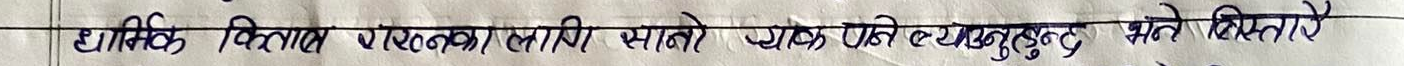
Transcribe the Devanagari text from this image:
धार्मिक किताब राख्नका लागि सातौं पाँसे र याकुबले भने बिन्ती गरे